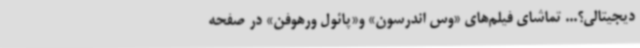
دیجیتالی؟... تماشای فیلم‌های «وس اندرسون» و«پائول ورهوفن» در صفحه